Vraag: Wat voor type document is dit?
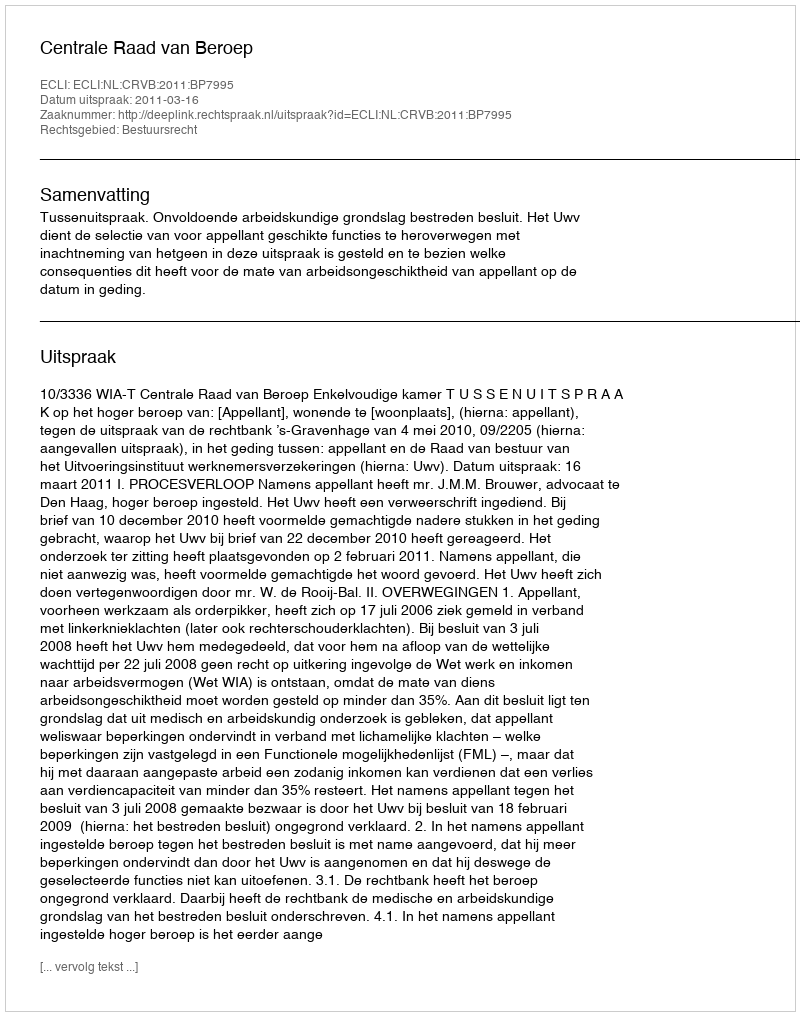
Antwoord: Uitspraak